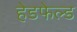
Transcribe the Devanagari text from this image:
हेडफेल्ड